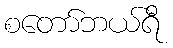
စတော်ဘယ်ရီ